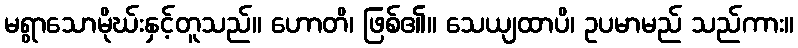
မရွာသောမိုဃ်းနှင့်တူသည်။ ဟောတိ၊ ဖြစ်၏။ သေယျထာပိ၊ ဥပမာမည် သည်ကား။